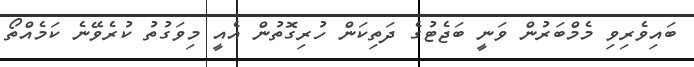
ބައިވެރިވި މެމްބަރުން ވަނީ ބަޖެޓުގެ ދަތިކަން ހުރިގޮތުން އެއީ މިވަގުތު ކުރެވޭނެ ކަމެއްތޯ